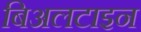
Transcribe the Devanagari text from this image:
बिअलटाइन